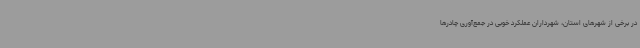
در برخی از شهرهای استان، شهرداران عملکرد خوبی در جمع‌آوری چادرها